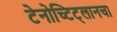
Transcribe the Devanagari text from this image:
टेनोच्टिट्लानचा